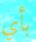
بأي